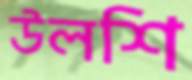
উলশি